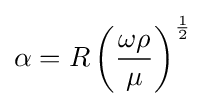
\alpha =R\left({\frac {\omega \rho }{\mu }}\right)^{\frac {1}{2}}